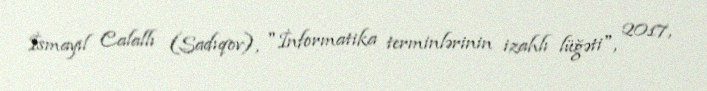
İsmayıl Calallı (Sadıqov), "İnformatika terminlərinin izahlı lüğəti", 2017,